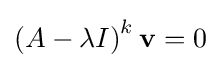
\left(A-\lambda I\right)^{k}{\mathbf {v} }=0